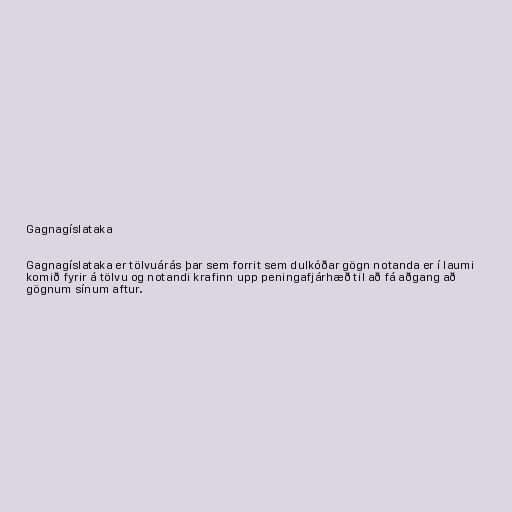
Gagnagíslataka

Gagnagíslataka er tölvuárás þar sem forrit sem dulkóðar gögn notanda er í laumi
komið fyrir á tölvu og notandi krafinn upp peningafjárhæð til að fá aðgang að
gögnum sínum aftur.